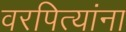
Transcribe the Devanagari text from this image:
वरपित्यांना